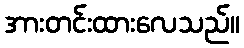
အားတင်းထားလေသည်။